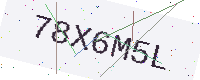
Text: 78X6M5L